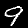
Label: 9